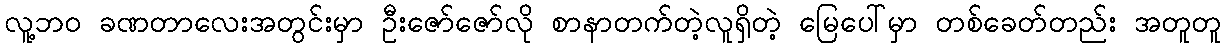
လူ့ဘဝ ခဏတာလေးအတွင်းမှာ ဦးဇော်ဇော်လို စာနာတက်တဲ့လူရှိတဲ့ မြေပေါ်မှာ တစ်ခေတ်တည်း အတူတူ